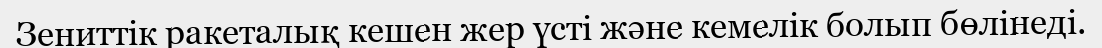
Зениттік ракеталық кешен жер үсті және кемелік болып бөлінеді.